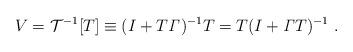
LaTeX: \begin{align*}V = {\cal T}^{-1}[T] \equiv (I + T {\it \Gamma})^{-1} T = T(I + {\it \Gamma}T)^{-1} \ .\end{align*}